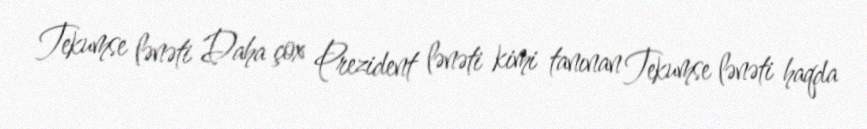
Tekumse lənəti Daha çox Prezident lənəti kimi tanınan Tekumse lənəti haqda